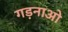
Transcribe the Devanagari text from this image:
गड़नाओ